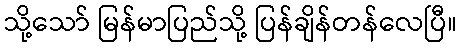
သို့သော် မြန်မာပြည်သို့ ပြန်ချိန်တန်လေပြီ။